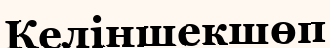
Келіншекшөп